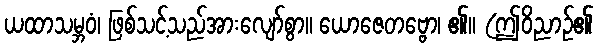
ယထာသမ္ဘဝံ၊ ဖြစ်သင့်သည်အားလျော်စွာ။ ယောဇေတဗ္ဗော၊ ၏။ (ဤဝိညာဉ်၏